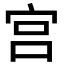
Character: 宫